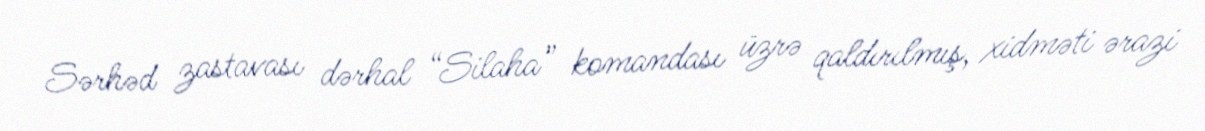
Sərhəd zastavası dərhal “Silaha” komandası üzrə qaldırılmış, xidməti ərazi